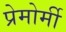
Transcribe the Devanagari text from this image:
प्रेमोर्मी